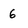
Character: 6